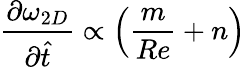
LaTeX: \frac{\partial\omega_{2D}}{\partial\hat{t}}\propto\left(\frac{m}{Re}+n\right)